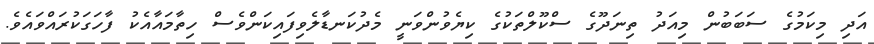
އަދި މިކަމުގެ ސަބަބުން މިއަދު ތިނަދޫގެ ސްކޫލްތަކުގެ ކިޔެވުންވަނީ މެދުކަނޑާލެވިފައިކަންވެސް ހިތާމައާއެކު ފާހަގަކުރައްވައެވެ.